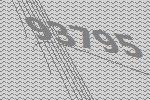
93795